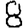
Digit: 8